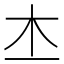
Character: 𣎶